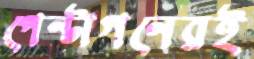
পেন্টাগনেরই